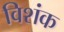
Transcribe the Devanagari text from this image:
विशंक